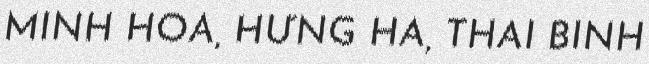
MINH HÒA, HƯNG HÀ, THÁI BÌNH